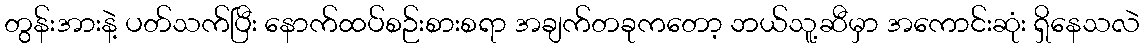
တွန်းအားနဲ့ ပတ်သက်ပြီး နောက်ထပ်စဉ်းစားစရာ အချက်တခုကတော့ ဘယ်သူ့ဆီမှာ အကောင်းဆုံး ရှိနေသလဲ